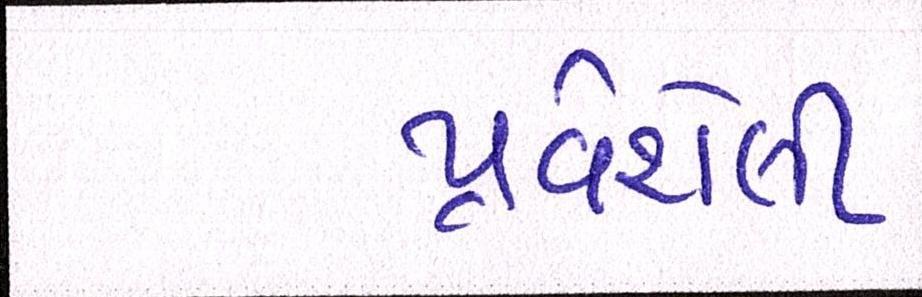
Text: પ્રવેશેલી